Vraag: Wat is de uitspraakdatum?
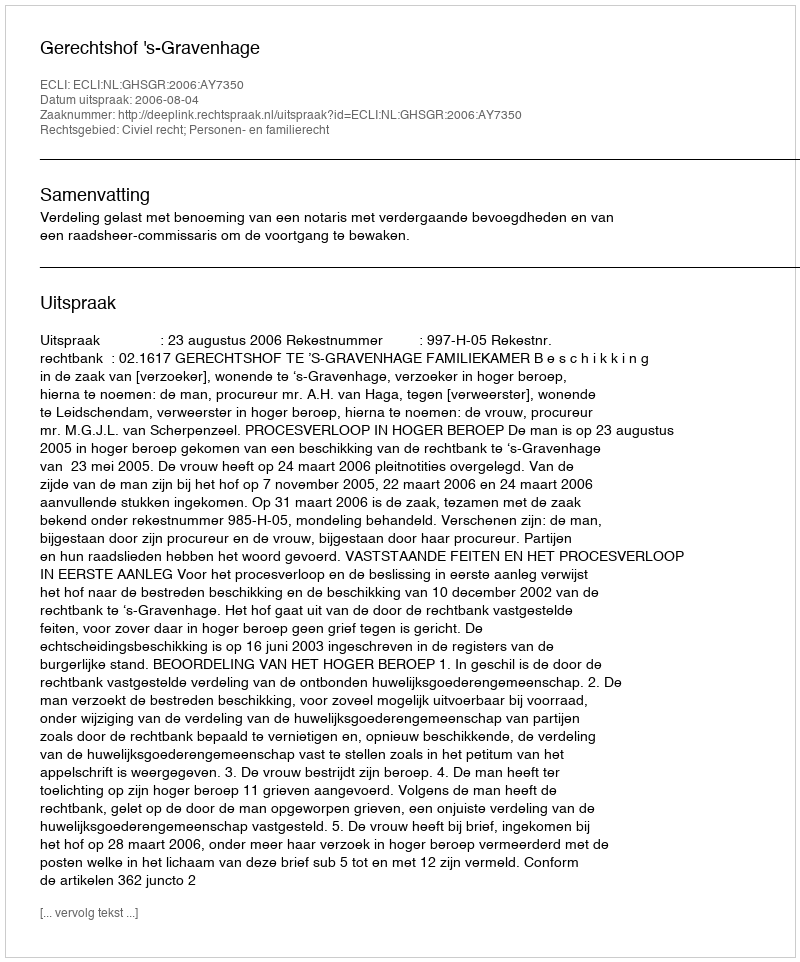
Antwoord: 2006-08-04